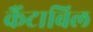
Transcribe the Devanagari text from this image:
कैंटाबिल